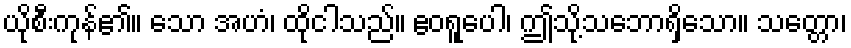
ယိုစီးကုန်၏။ သော အဟံ၊ ထိုငါသည်။ ဧဝရူပေါ၊ ဤသို့သဘောရှိသော။ သတ္တော၊